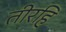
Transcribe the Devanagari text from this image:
तीरहि